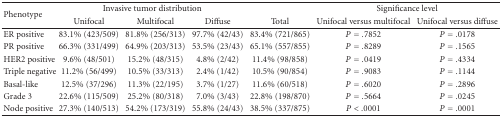
| <ROWSPAN=2> Phenotype | <COLSPAN=3> Invasive tumor distribution |  | <COLSPAN=2> Significance level |
 | Unifocal | Multifocal | Diffuse | Total | Unifocal versus multifocal | Unifocal versus diffuse |
 | --- | --- | --- | --- | --- | --- | --- |
 | ER positive | 83.1% (423/509) | 81.8% (256/313) | 97.7% (42/43) | 83.4% (721/865) | P = .7852 | P = .0178 |
 | PR positive | 66.3% (331/499) | 64.9% (203/313) | 53.5% (23/43) | 65.1% (557/855) | P = .8289 | P = .1565 |
 | HER2 positive | 9.6% (48/501) | 15.2% (48/315) | 4.8% (2/42) | 11.4% (98/858) | P = .0419 | P = .4334 |
 | Triple negative | 11.2% (56/499) | 10.5% (33/313) | 2.4% (1/42) | 10.5% (90/854) | P = .9083 | P = .1144 |
 | Basal-like | 12.5% (37/296) | 11.3% (22/195) | 3.7% (1/27) | 11.6% (60/518) | P = .6020 | P = .2896 |
 | Grade 3 | 22.6% (115/509) | 25.2% (80/318) | 7.0% (3/43) | 22.8% (198/870) | P = .5664 | P = .0245 |
 | Node positive | 27.3% (140/513) | 54.2% (173/319) | 55.8% (24/43) | 38.5% (337/875) | P < .0001 | P = .0001 |